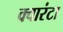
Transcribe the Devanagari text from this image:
क्वारंटा